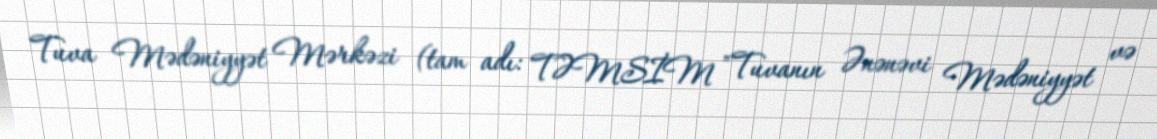
Tuva Mədəniyyət Mərkəzi (tam adı: TƏMSİM "Tuvanın Ənənəvi Mədəniyyət və